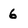
Character: 6